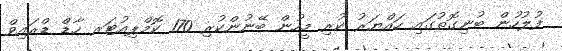
ފުލުހުން ބުނިގޮތުގައި ހައްޔަރު ކުރި މީހުން ބޭނުންކުރި 170 ކޮމްޕިއުޓަރ ހާޑް ޑްރައިވް